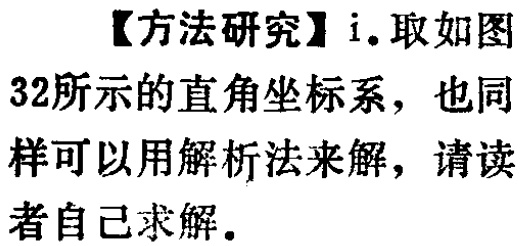
【方法研究】i. 取如图32所示的直角坐标系，也同样可以用解析法来解，请读者自己求解.